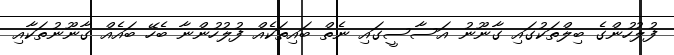
ފުލުހުންގެ ބިލްތަކުގައި ގާނޫނު އަސާސީގައި ނެތް ބައިތަކެއް ފުލުހުންނާ ބެހޭ ބައެއް ގާނޫނުތަކާއި